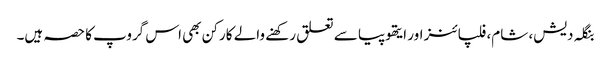
بنگلہ دیش، شام، فلپائنز اور ایتھوپیا سے تعلق رکھنے والے کارکن بھی اس گروپ کا حصہ ہیں۔